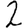
Digit: 2